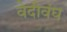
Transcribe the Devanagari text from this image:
वेदीवंघ